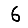
Digit: 6